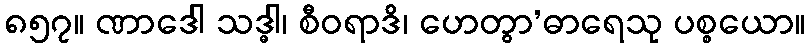
၈၅၇။ ဏာဒေါ သဒ္ဓါ၊ စီဝရာဒိ၊ ဟေတွာ’ဓာရေသု ပစ္စယော။